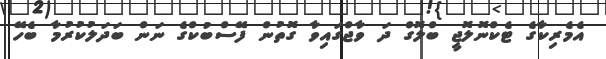
އެމެރިކާގެ ޓެކްނޮލޮޖީ ބްލޮގް ދަ ވާޖްގައިވާ ގޮތުން ފޭސްބުކްގެ ނަން ބަދަލުކުރުމާ ބެހޭ